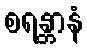
စရန္တာနံ